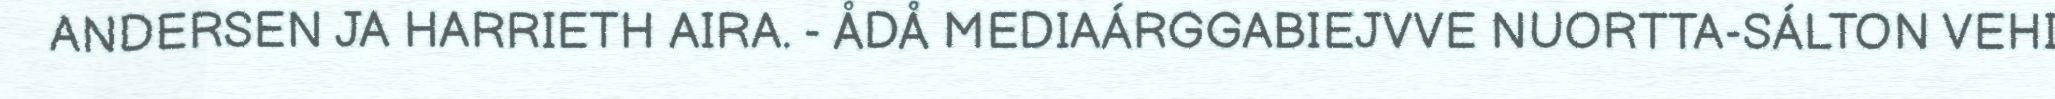
ANDERSEN JA HARRIETH AIRA. - ÅDÅ MEDIAÁRGGABIEJVVE NUORTTA-SÁLTON VEHI